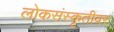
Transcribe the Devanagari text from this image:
लोकसंस्कृतीवर